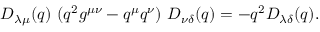
D _ { \lambda \mu } ( q ) \, \, ( q ^ { 2 } g ^ { \mu \nu } - q ^ { \mu } q ^ { \nu } ) \, \, D _ { \nu \delta } ( q ) = - q ^ { 2 } D _ { \lambda \delta } ( q ) .